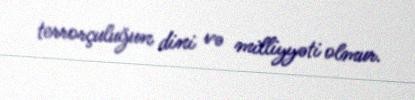
terrorçuluğun dini və milliyyəti olmur.